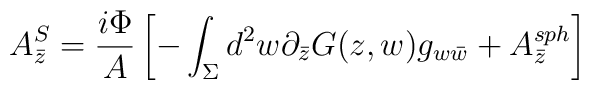
A_{\bar z}^S={\frac{i\Phi}{A}}\left[-\int_\Sigma d^2w\partial_{\bar z}G(z,w)g_{w\bar w}+ A_{\bar z}^{sph}\right]